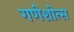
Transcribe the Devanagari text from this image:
गणेशोत्स